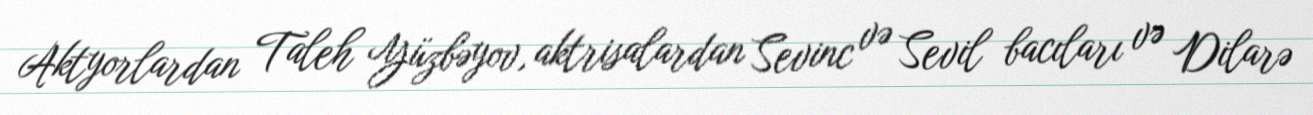
Aktyorlardan Taleh Yüzbəyov, aktrisalardan Sevinc və Sevil bacıları və Dilarə